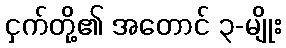
ငှက်တို့၏ အတောင် ၃-မျိုး